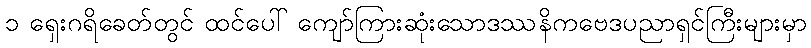
၁ ရှေးဂရိခေတ်တွင် ထင်ပေါ် ကျော်ကြားဆုံးသောဒဿနိကဗေဒပညာရှင်ကြီးများမှာ